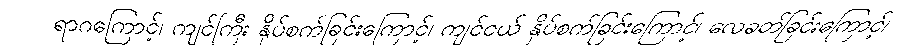
ရာဂကြောင့်၊ ကျင်ကြီး နှိပ်စက်ခြင်းကြောင့်၊ ကျင်ငယ် နှိပ်စက်ခြင်းကြောင့်၊ လေခတ်ခြင်းကြောင့်၊